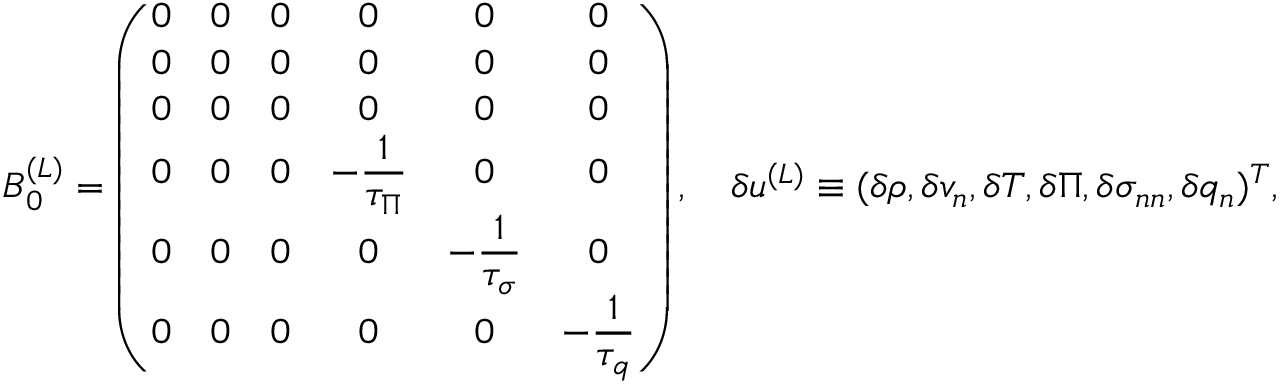
\begin{array} { r l } & { \boldsymbol { B } _ { 0 } ^ { ( L ) } = \left( \begin{array} { c c c c c c } { 0 } & { 0 } & { 0 } & { 0 } & { 0 } & { 0 } \\ { 0 } & { 0 } & { 0 } & { 0 } & { 0 } & { 0 } \\ { 0 } & { 0 } & { 0 } & { 0 } & { 0 } & { 0 } \\ { 0 } & { 0 } & { 0 } & { \displaystyle { - \frac { 1 } { \tau _ { \Pi } } } } & { 0 } & { 0 } \\ { 0 } & { 0 } & { 0 } & { 0 } & { \displaystyle { - \frac { 1 } { \tau _ { \sigma } } } } & { 0 } \\ { 0 } & { 0 } & { 0 } & { 0 } & { 0 } & { \displaystyle { - \frac { 1 } { \tau _ { q } } } } \end{array} \right) , \quad \delta \boldsymbol { u } ^ { ( L ) } \equiv ( \delta \rho , \delta v _ { n } , \delta T , \delta \Pi , \delta \sigma _ { n n } , \delta q _ { n } ) ^ { T } , } \end{array}